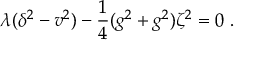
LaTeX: \lambda ( \delta ^ { 2 } - v ^ { 2 } ) - \frac { 1 } { 4 } ( g ^ { 2 } + g ^ { 2 } ) \zeta ^ { 2 } = 0 \; .